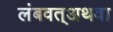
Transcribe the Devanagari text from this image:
लंबवत्अथवा